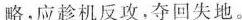
略，应趁机反攻，夺回失地。